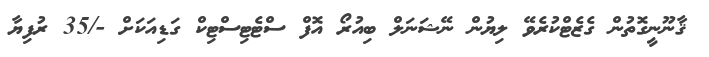
ޤާނޫނީގޮތުން ގެޒެޓްކުރެވޭ ލިޔުން ނޭޝަނަލް ބިއުރޯ އޮފް ސްޓެޓިސްޓިކް ގަޑިއަކަށް -/35 ރުފިޔާ